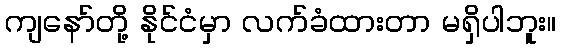
ကျနော်တို့ နိုင်ငံမှာ လက်ခံထားတာ မရှိပါဘူး။